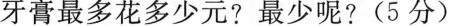
牙膏最多花多少元?最少呢?(5分)